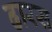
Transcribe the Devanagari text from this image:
ढारस